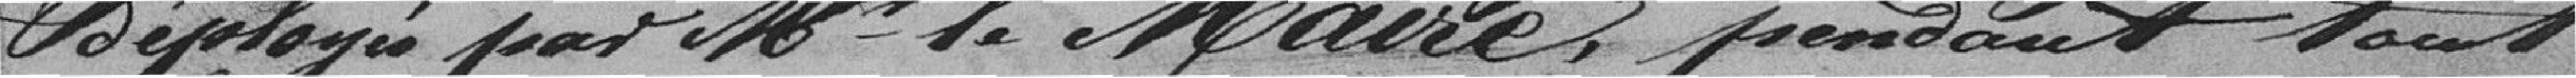
déployé par Monsieur le Maire pendant tout